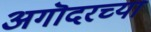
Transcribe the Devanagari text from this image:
अगॊदरच्या